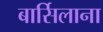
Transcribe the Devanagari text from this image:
बार्सिलाना